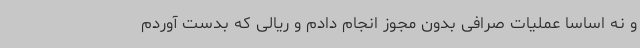
و نه اساساً عملیات صرافی بدون مجوز انجام دادم و ریالی که بدست آوردم